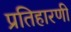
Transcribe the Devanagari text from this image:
प्रतिहारणी